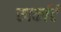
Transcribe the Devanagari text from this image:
स्पर्कार्ट